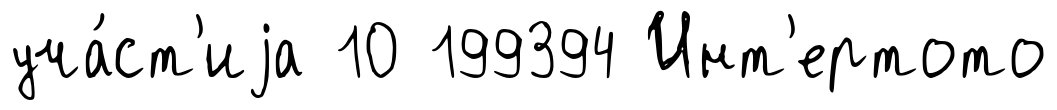
уча́ст'иjа 10 199394 Инт'ертото